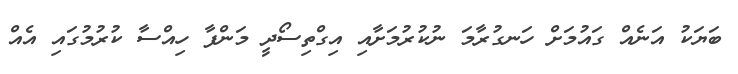
ބަޔަކު އަނެއް ގައުމަށް ހަނގުރާމަ ނުކުރުމަށާއި އިގްތިސޯދީ މަންފާ ހިއްސާ ކުރުމުގައި އެއް